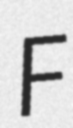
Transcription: F